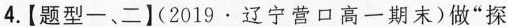
4.【题型一、二】(2019·辽宁营口高一期末)做”探